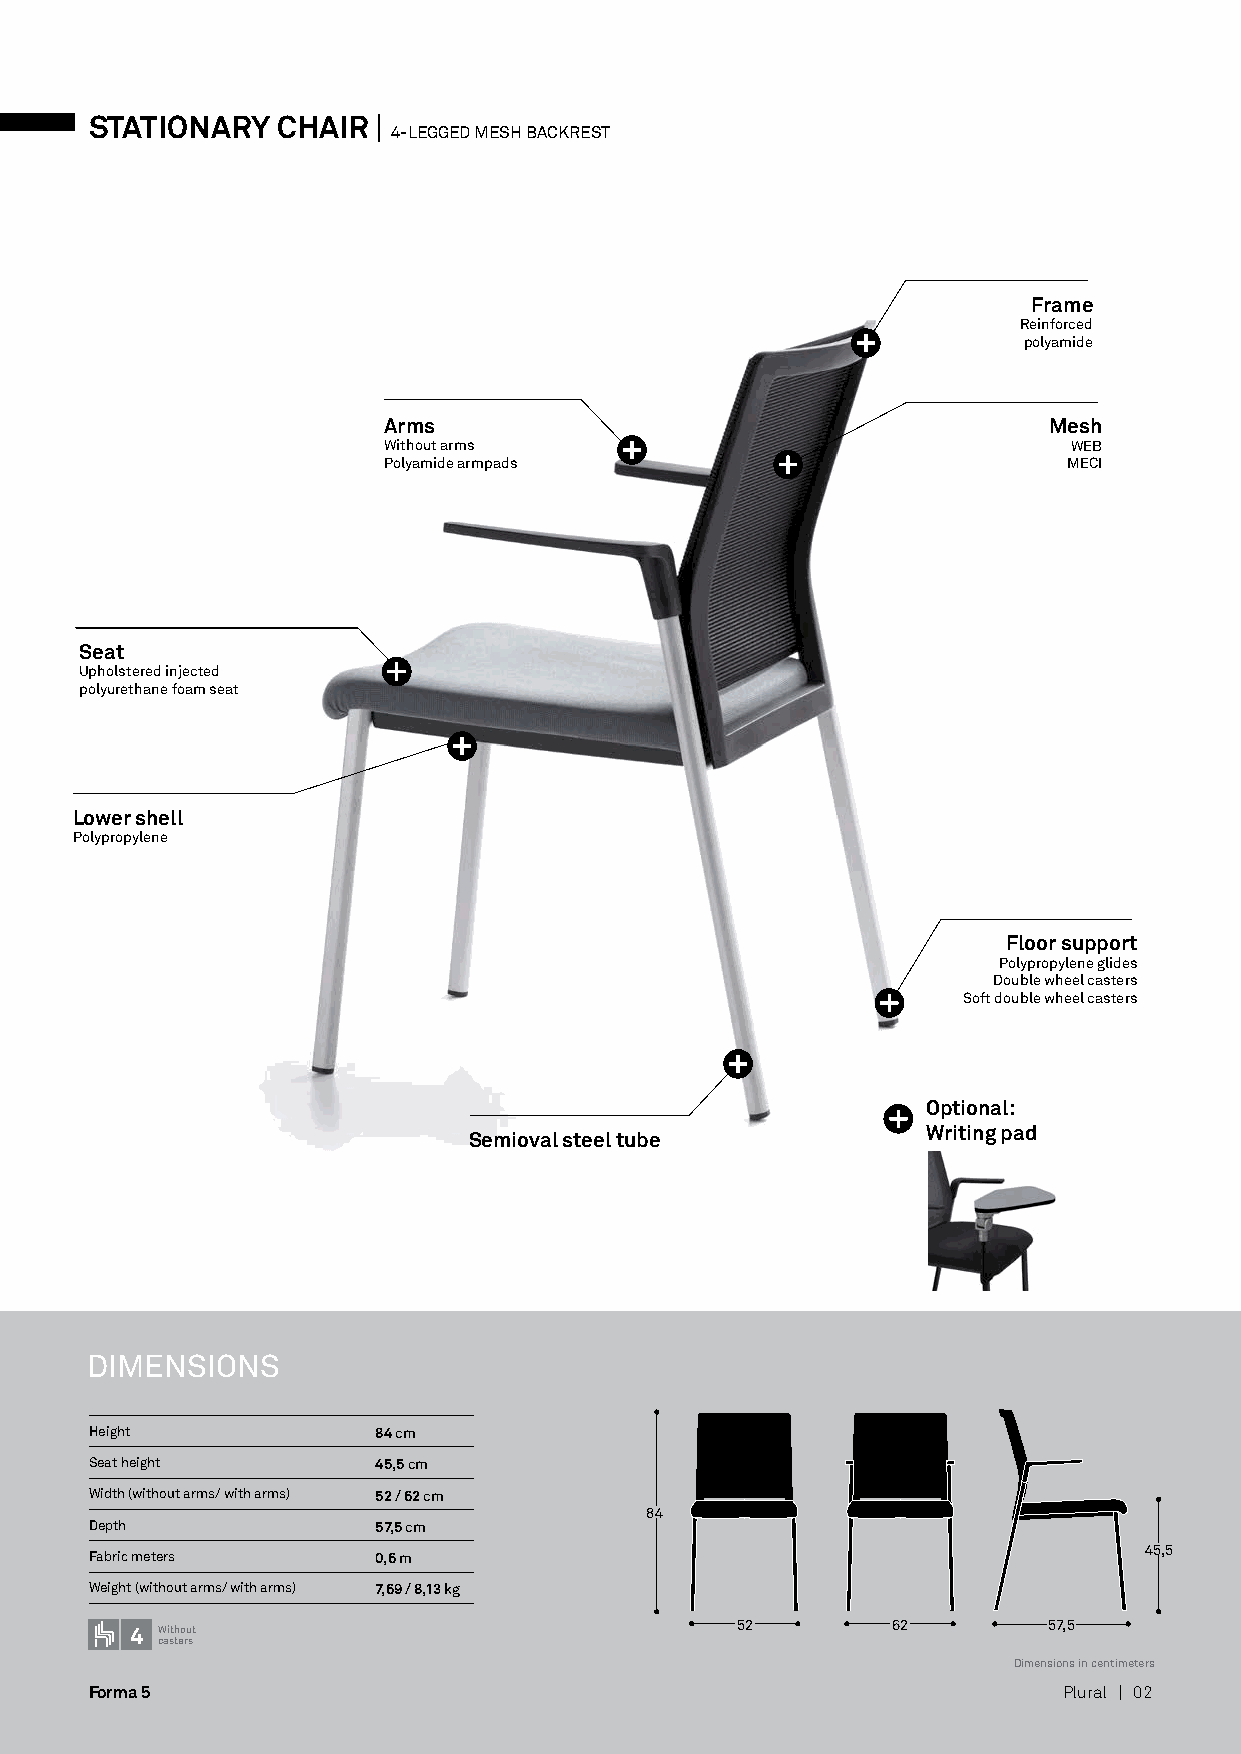
STATIONARY  CHAIR  |
 4-LEGGED MESH BACKREST
 Frame
 Reinforced
 polyamide
 Arms                                        Mesh
 Without arms                                  WEB
 Polyamide armpads                             MECI
 Seat
 Upholstered injected
 polyurethane foam seat
 Lower shell
 Polypropylene
 Floor support
 Polypropylene glides
 Double wheel casters
 Soft double wheel casters
 Optional:
 Writing pad
 Semioval steel tube
 DIMENSIONS
 Height             84 cm
 Seat height        45,5 cm
 Width (without arms/ with arms) 52 / 62 cm
 84
 Depth              57,5 cm
 45,5
 Fabric meters      0,6 m
 Weight (without arms/ with arms) 7,69 / 8,13 kg
 4 Without                               52        62        57,5
 casters
 Dimensions in centimeters
 Forma 5                                                         Plural | 02